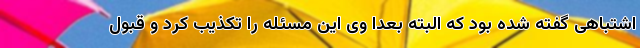
اشتباهی گفته شده بود که البته بعدا وی این مسئله را تکذیب کرد و قبول